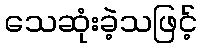
သေဆုံးခဲ့သဖြင့်